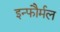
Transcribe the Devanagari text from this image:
इन्फौर्मल